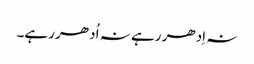
نہ اِدھر رہے نہ اُدھر رہے۔